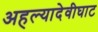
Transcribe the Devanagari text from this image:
अहल्यादेवीघाट